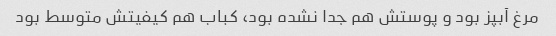
مرغ آبپز بود و پوستش هم جدا نشده بود، کباب هم کیفیتش متوسط بود